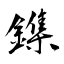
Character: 鏶